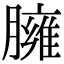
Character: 臃